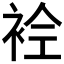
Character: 𲀬